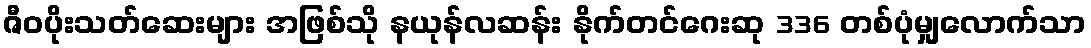
ဇီဝပိုးသတ်ဆေးများ အဖြစ်သို နယုန်လဆန်း နိုက်တင်ဂေးဆု 336 တစ်ပုံမျှလောက်သာ